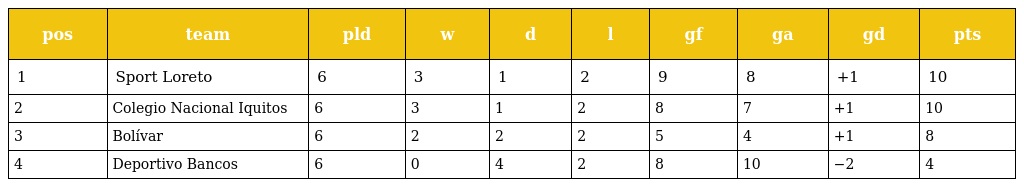
| pos | team | pld | w | d | l | gf | ga | gd | pts |
 | --- | --- | --- | --- | --- | --- | --- | --- | --- | --- |
 | 1 | Sport Loreto | 6 | 3 | 1 | 2 | 9 | 8 | +1 | 10 |
 | 2 | Colegio Nacional Iquitos | 6 | 3 | 1 | 2 | 8 | 7 | +1 | 10 |
 | 3 | Bolívar | 6 | 2 | 2 | 2 | 5 | 4 | +1 | 8 |
 | 4 | Deportivo Bancos | 6 | 0 | 4 | 2 | 8 | 10 | −2 | 4 |